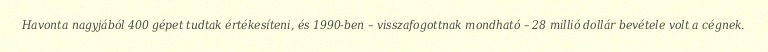
Havonta nagyjából 400 gépet tudtak értékesíteni, és 1990-ben – visszafogottnak mondható – 28 millió dollár bevétele volt a cégnek.